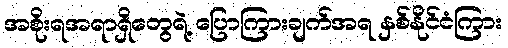
အစိုးရအရာရှိတွေရဲ့ ပြောကြားချက်အရ နှစ်နိုင်ငံကြား